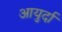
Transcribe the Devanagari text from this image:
आयुर्दा